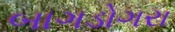
બાગડોગરા